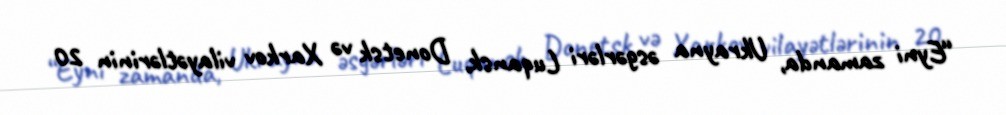
“Eyni zamanda, Ukrayna əsgərləri Luqansk, Donetsk və Xarkov vilayətlərinin 20